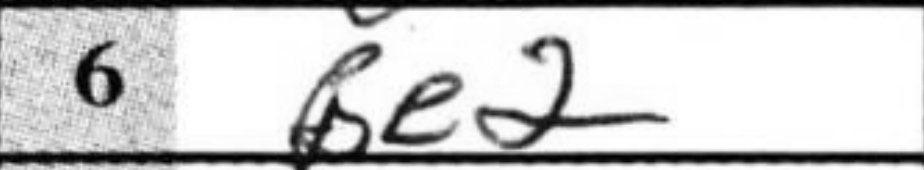
Transcription: Be2